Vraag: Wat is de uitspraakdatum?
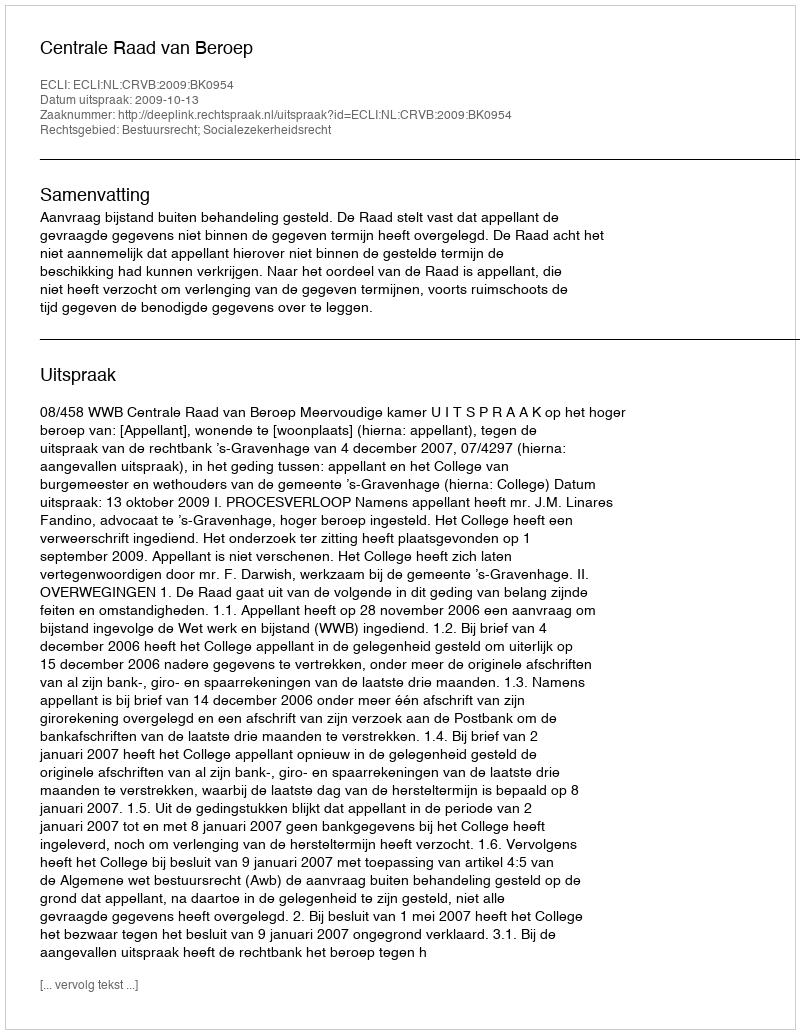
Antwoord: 2009-10-13